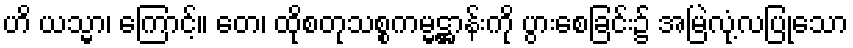
ဟိ ယသ္မာ၊ ကြောင့်။ တေ၊ ထိုစတုသစ္စကမ္မဋ္ဌာန်းကို ပွားစေခြင်း၌ အမြဲလုံ့လပြုသော